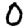
Digit: 0